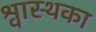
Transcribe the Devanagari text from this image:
श्वास्थका